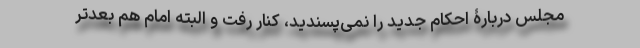
مجلس دربارۀ احکام جدید را نمی‌پسندید، کنار رفت و البته امام هم بعدتر